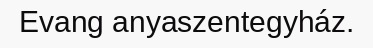
Evang anyaszentegyház.